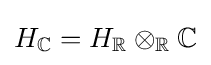
H_{\mathbb {C} }=H_{\mathbb {R} }\otimes _{\mathbb {R} }\mathbb {C}